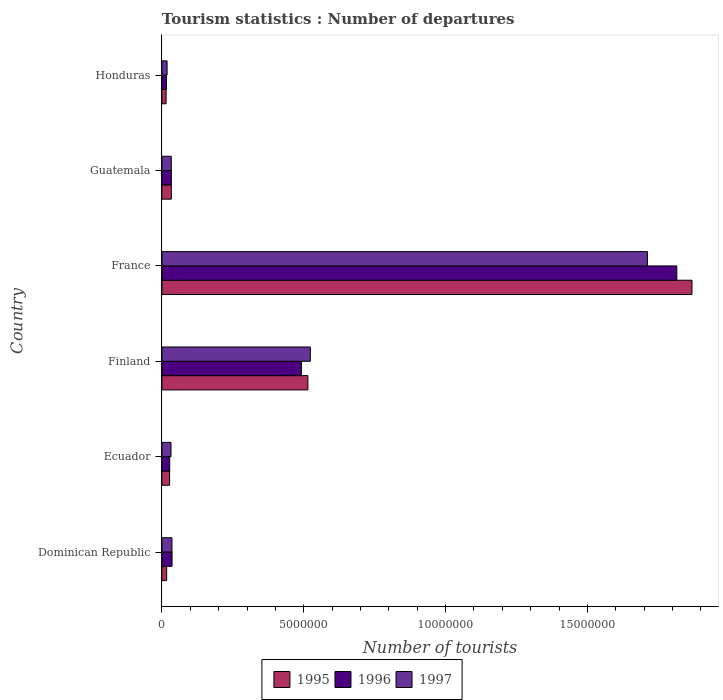
| Country | 1995 | 1996 | 1997 |
 | --- | --- | --- | --- |
 | Dominican Republic | 1.68e+05 | 3.58e+05 | 3.55e+05 |
 | Ecuador | 2.71e+05 | 2.75e+05 | 3.21e+05 |
 | Finland | 5.15e+06 | 4.92e+06 | 5.23e+06 |
 | France | 1.87e+07 | 1.82e+07 | 1.71e+07 |
 | Guatemala | 3.33e+05 | 3.33e+05 | 3.31e+05 |
 | Honduras | 1.49e+05 | 1.62e+05 | 1.83e+05 |